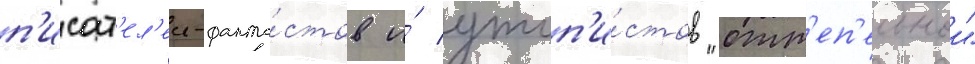
п'исат'ел'еи-фанта́стов и́ утоп'и́стов "отт'еп'ельнои"